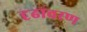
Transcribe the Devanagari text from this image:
दृढावरण